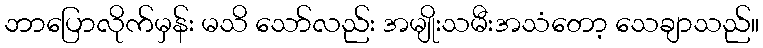
ဘာပြောလိုက်မှန်း မသိ သော်လည်း အမျိုးသမီးအသံတော့ သေချာသည်။